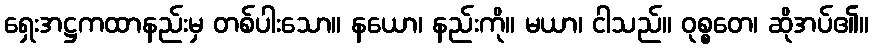
ရှေးအဋ္ဌကထာနည်းမှ တစ်ပါးသော။ နယော၊ နည်းကို။ မယာ၊ ငါသည်။ ဝုစ္စတေ၊ ဆိုအပ်၏။